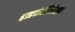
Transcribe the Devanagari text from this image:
हाइपोवेंटिलेशन